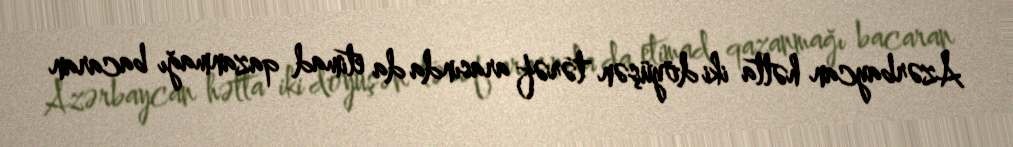
Azərbaycan hətta iki döyüşən tərəf arasında da etimad qazanmağı bacaran